Annual administration report of the Civil Veterinary Department of India - 1896-1897
Year: 1896
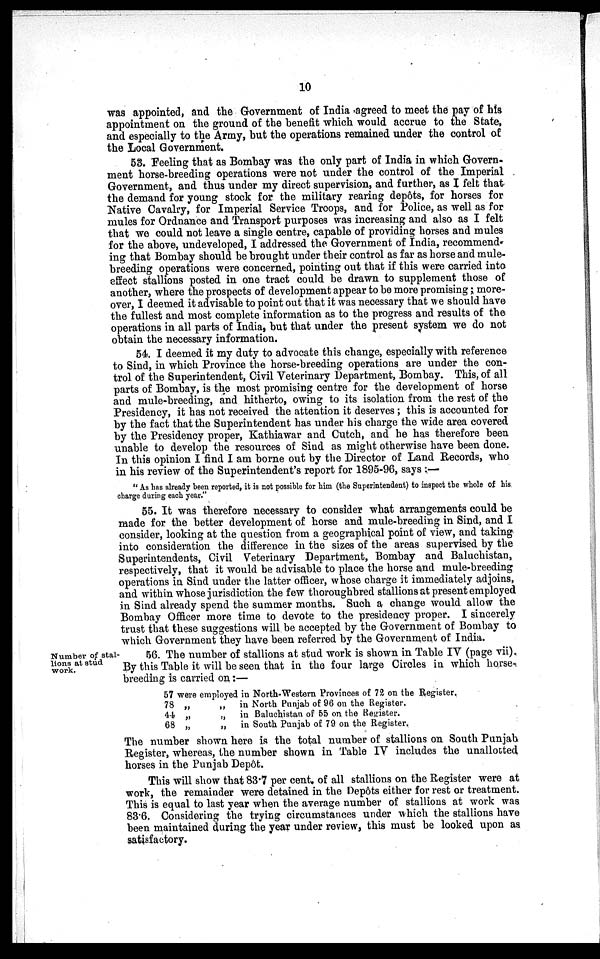
10
was appointed, and the Government of India agreed to meet the pay of his
appointment on the ground of the benefit which would accrue to the State,
and especially to the Army, but the operations remained under the control of
the Local Government.
53. Feeling that as Bombay was the only part of India in which Govern-
ment horse-breeding operations were not under the control of the Imperial
Government, and thus under my direct supervision, and further, as I felt that
the demand for young stock for the military rearing depôts, for horses for
Native Cavalry, for Imperial Service Troops, and for Police, as well as for
mules for Ordnance and Transport purposes was increasing and also as I felt
that we could not leave a single centre, capable of providing horses and mules
for the above, undeveloped, I addressed the Government of India, recommend-
ing that Bombay should be brought under their control as far as horse and mule-
breeding operations were concerned, pointing out that if this were carried into
effect stallions posted in one tract could be drawn to supplement those of
another, where the prospects of development appear to be more promising; more-
over, I deemed it advisable to point out that it was necessary that we should have
the fullest and most complete information as to the progress and results of the
operations in all parts of India, but that under the present system we do not
obtain the necessary information.
54. I deemed it my duty to advocate this change, especially with reference
to Sind, in which Province the horse-breeding operations are under the con-
trol of the Superintendent, Civil Veterinary Department, Bombay. This, of all
parts of Bombay, is the most promising centre for the development of horse
and mule-breeding, and hitherto, owing to its isolation from the rest of the
Presidency, it has not received the attention it deserves; this is accounted for
by the fact that the Superintendent has under his charge the wide area covered
by the Presidency proper, Kathiawar and Cutch, and he has therefore been
unable to develop the resources of Sind as might otherwise have been done.
In this opinion I find I am borne out by the Director of Land Records, who
in his review of the Superintendent's report for 1895-96, says:—
"As has already been reported, it is not possible for him (the Superintendent) to inspect the whole of his
charge during each year."
55. It was therefore necessary to consider what arrangements could be
made for the better development of horse and mule-breeding in Sind, and I
consider, looking at the question from a geographical point of view, and taking
into consideration the difference in the sizes of the areas supervised by the
Superintendents, Civil Veterinary Department, Bombay and Baluchistan,
respectively, that it would be advisable to place the horse and mule-breeding
operations in Sind under the latter officer, whose charge it immediately adjoins,
and within whose jurisdiction the few thoroughbred stallions at present employed
in Sind already spend the summer months. Such a change would allow the
Bombay Officer more time to devote to the presidency proper. I sincerely
trust that these suggestions will be accepted by the Government of Bombay to
which Government they have been referred by the Government of India.
Number of stal-
lions at stud
work.
56. The number of stallions at stud work is shown in Table IV (page vii).
By this Table it will be seen that in the four large Circles in which horse-
breeding is carried on:—
57 were employed in North-Western Provinces of 72 on the Register.
78 „
„
44 „ „
68 „
„
in North Punjab of 96 on the Register.
in Baluchistan of 55 on the Register.
in South Punjab of 79 on the Register.
The number shown here is the total number of stallions on South Punjab
Register, whereas, the number shown in Table IV includes the unallotted
horses in the Punjab Depôt.
This will show that 83.7 per cent. of all stallions on the Register were at
work, the remainder were detained in the Depôts either for rest or treatment.
This is equal to last year when the average number of stallions at work was
83.6. Considering the trying circumstances under which the stallions have
been maintained during the year under review, this must be looked upon as
satisfactory.